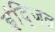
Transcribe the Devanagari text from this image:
इंद्जित